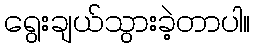
ရွေးချယ်သွားခဲ့တာပါ။